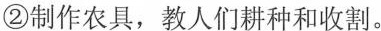
②制作农具，教人们耕种和收割。